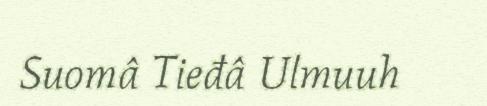
Suomâ Tieđâ Ulmuuh